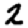
Digit: 2